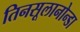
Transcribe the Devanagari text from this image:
तिनसूलानोन्डा